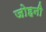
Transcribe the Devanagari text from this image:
जोहनी